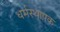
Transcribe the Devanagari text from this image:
धर्मस्थापक